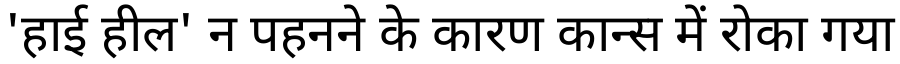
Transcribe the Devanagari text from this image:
'हाई हील' न पहनने के कारण कान्स में रोका गया